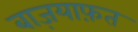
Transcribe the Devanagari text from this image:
बाज़याफ़त